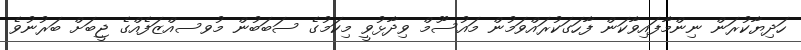
ހަދިޔާކުރަން ނިންމާފައިވާކަން ފާހަގަކުރައްވަމުން މައުސޫމް ވިދާޅުވީ މިކަމުގެ ސަބަބުން މުވސއްޒަފެއްގެ ޖީބަށް ބަރުނުވެ